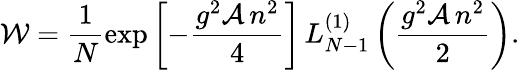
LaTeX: {\cal W}=\frac{1}{N}\exp\left[-\frac{g^{2}{\cal A}\, n^{2}}4\right]\, L_{N-1}^{(1)}\left(\frac{g^{2}{\cal A}\, n^{2}}{2}\right).